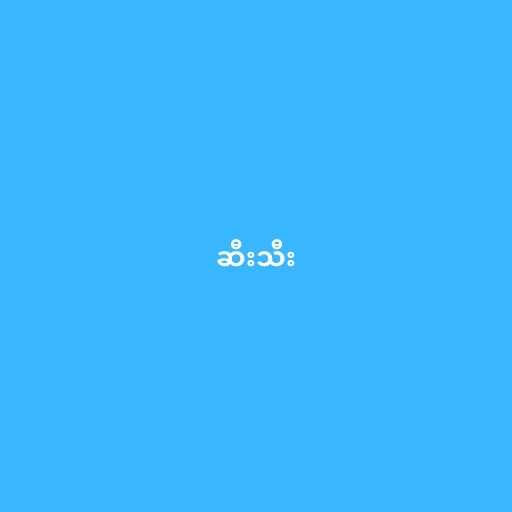
ဆီးသီး